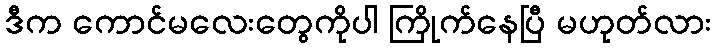
ဒီက ကောင်မလေးတွေကိုပါ ကြိုက်နေပြီ မဟုတ်လား